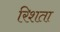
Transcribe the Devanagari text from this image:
रिशता